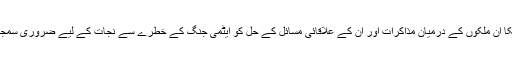
کیا امریکا ان ملکوں کے درمیان مذاکرات اور ان کے علاقائی مسائل کے حل کو ایٹمی جنگ کے خطرے سے نجات کے لیے ضروری سمجھتا ہے؟